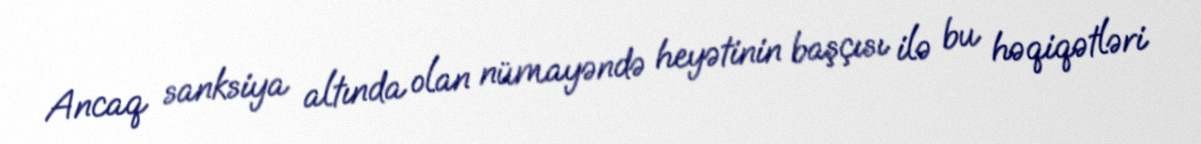
Ancaq sanksiya altında olan nümayəndə heyətinin başçısı ilə bu həqiqətləri